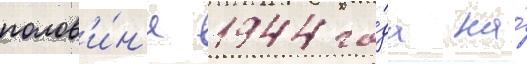
полов'и́н'е 1944 го́да на́